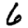
Digit: 6